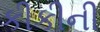
કીકીની